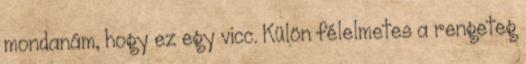
mondanám, hogy ez egy vicc. Külön félelmetes a rengeteg